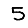
Digit: 5